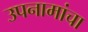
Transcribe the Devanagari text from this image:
उपनामांचा